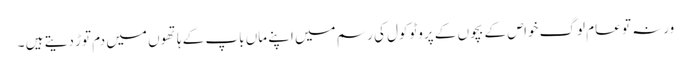
ورنہ تو عام لوگ خواص کے بچوں کے پروٹوکول کی رسم میں اپنے ماں باپ کے ہاتھوں میں دم توڑ دیتے ہیں ۔